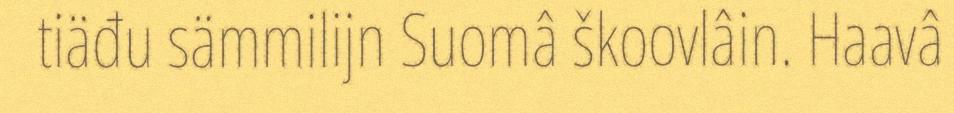
tiäđu sämmilijn Suomâ škoovlâin. Haavâ